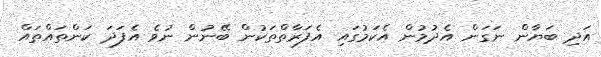
އަދި ބަޔާން ނަގަން އެދުމުން އެކަމުގައި އެފަރާތްތަކުން ބޭނުން ނުވެ އެފަދަ ކަންތައްތައް